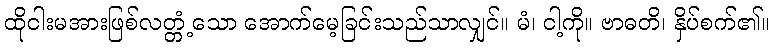
ထိုငါးမအားဖြစ်လတ္တံ့သော အောက်မေ့ခြင်းသည်သာလျှင်။ မံ၊ ငါ့ကို။ ဗာဓတိ၊ နှိပ်စက်၏။